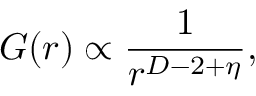
G ( r ) \propto { \frac { 1 } { r ^ { D - 2 + \eta } } } ,